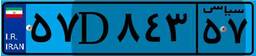
۸۰D۷۷۰۴۹